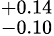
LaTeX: ^{+0.14}_{-0.10}